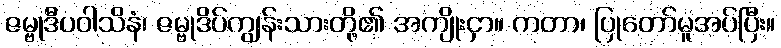
ဇမ္ဗုဒီပဝါသိနံ၊ ဇမ္ဗုဒိပ်ကျွန်းသားတို့၏ အကျိုးငှာ။ ကတာ၊ ပြုတော်မူအပ်ပြီး။